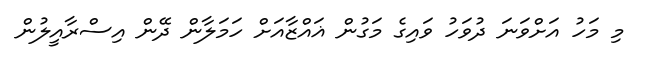
މި މަހު އަށްވަނަ ދުވަހު ވައިގެ މަގުން ޣައްޒާއަށް ހަމަލާން ދޭން އިސްރާއީލުން